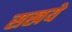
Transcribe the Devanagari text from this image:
सखये